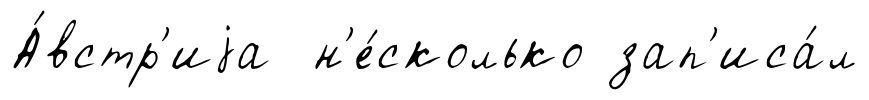
А́встр'иjа н'е́сколько зап'иса́л